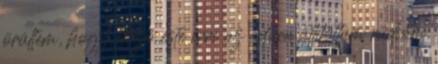
örültem, hogy előző este erre az adóra állítottam rádióm